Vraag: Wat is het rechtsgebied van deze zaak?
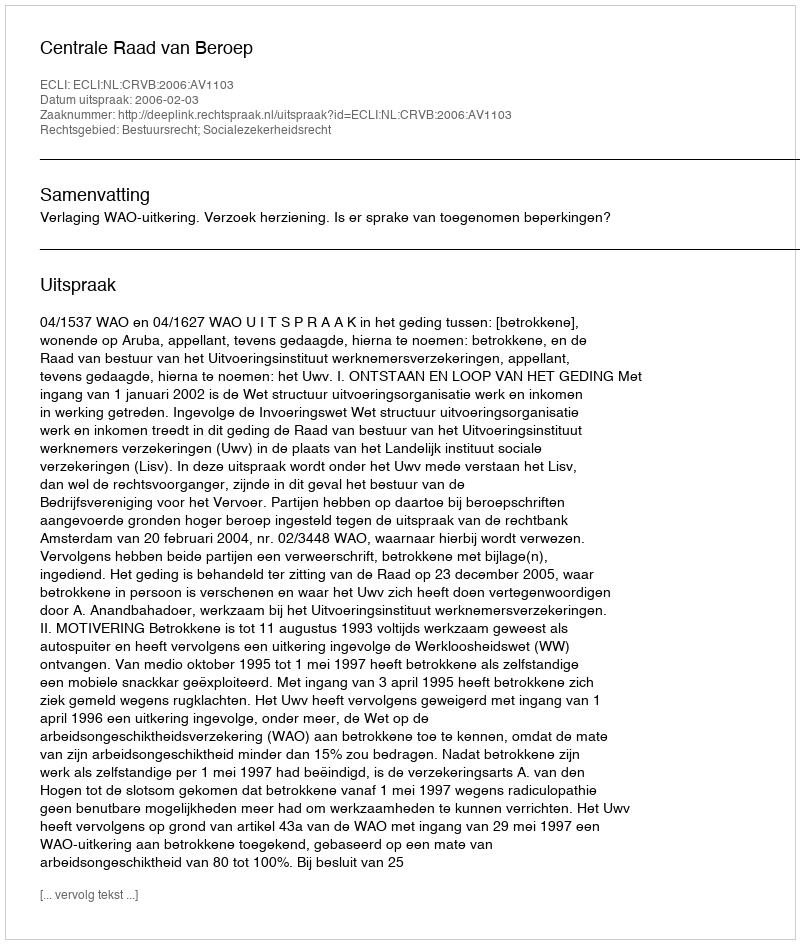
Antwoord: Bestuursrecht; Socialezekerheidsrecht